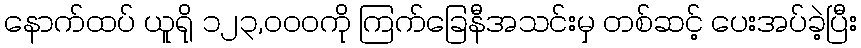
နောက်ထပ် ယူရို ၁၂၃,၀၀၀ကို ကြက်ခြေနီအသင်းမှ တစ်ဆင့် ပေးအပ်ခဲ့ပြီး